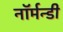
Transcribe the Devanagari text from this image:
नॉर्मन्डी